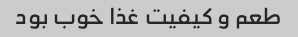
طعم و کیفیت غذا خوب بود